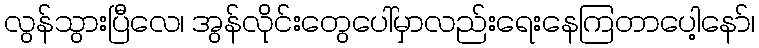
လွန်သွားပြီလေ၊ အွန်လိုင်းတွေပေါ်မှာလည်းရေးနေကြတာပေါ့နော်၊